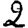
Digit: 2